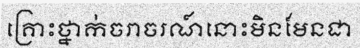
គ្រោះថ្នាក់ចរាចរណ៍នោះមិនមែនជា